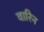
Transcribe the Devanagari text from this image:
वारिन